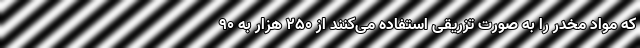
که مواد مخدر را به صورت تزریقی استفاده می‌‌کنند از 250 هزار به 90